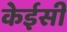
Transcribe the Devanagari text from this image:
केईसी